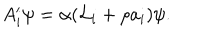
A _ { i } ^ { \prime } \psi = \alpha ( { \cal L } _ { i } + \rho a _ { i } ) \psi .